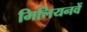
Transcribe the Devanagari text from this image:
मिलियनवें